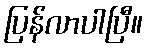
ပြန်လာပါပြီ။